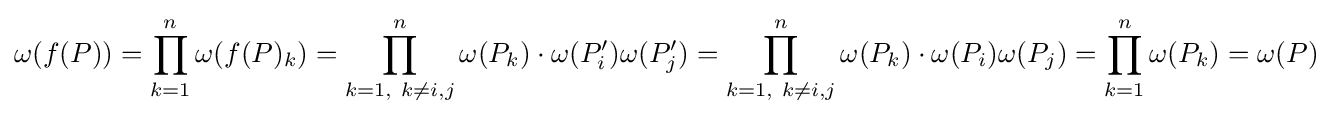
\omega (f(P))=\prod _{k=1}^{n}\omega (f(P)_{k})=\prod _{k=1,~k\neq i,j}^{n}\omega (P_{k})\cdot \omega (P'_{i})\omega (P'_{j})=\prod _{k=1,~k\neq i,j}^{n}\omega (P_{k})\cdot \omega (P_{i})\omega (P_{j})=\prod _{k=1}^{n}\omega (P_{k})=\omega (P)